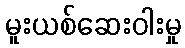
မူးယစ်ဆေးဝါးမှု